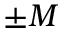
\pm M